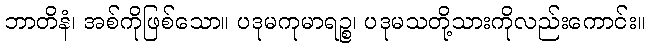
ဘာတိနံ၊ အစ်ကိုဖြစ်သော။ ပဒုမကုမာရဉ္စ၊ ပဒုမသတို့သားကိုလည်းကောင်း။